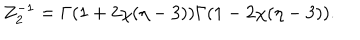
Z _ { 2 } ^ { - 1 } = \Gamma ( 1 + 2 \chi ( \eta - 3 ) ) \Gamma ( 1 - 2 \chi ( \eta - 3 ) ) .